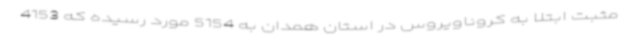
مثبت ابتلا به کروناویروس در استان همدان به 5154 مورد رسیده که 4153